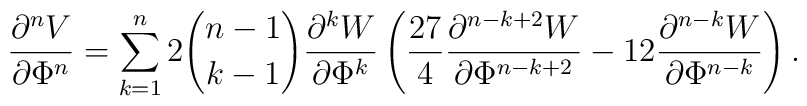
\frac{\partial^n V}{\partial \Phi^n} =\sum_{k=1}^n 2 {n-1 \choose  k-1} \frac{\partial^k W}{\partial\Phi^k}\left(  \frac{27}{4}\frac{\partial^{n-k+2} W}{\partial\Phi^{n-k+2}} - 12  \frac{\partial ^{n-k}W}{\partial \Phi^{n-k}}\right) .